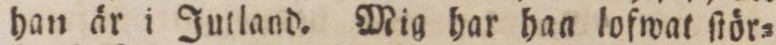
han är i Jutland. Mig har han lofwat ſtör=